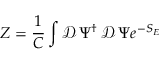
Z = \frac { 1 } { C } \int \mathcal { D } \, \Psi ^ { \dagger } \, \mathcal { D } \, \Psi e ^ { - S _ { E } }